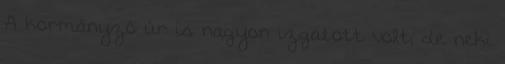
A kormányzó úr is nagyon izgatott volt, de neki